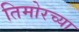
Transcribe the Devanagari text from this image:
तिमोरच्या